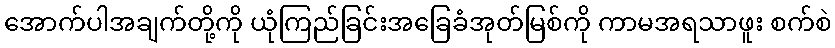
အောက်ပါအချက်တို့ကို ယုံကြည်ခြင်းအခြေခံအုတ်မြစ်ကို ကာမအရသာဖူး စက်စဲ